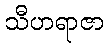
သီဟရာဇာ